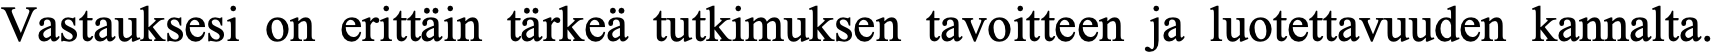
Vastauksesi on erittäin tärkeä tutkimuksen tavoitteen ja luotettavuuden kannalta.